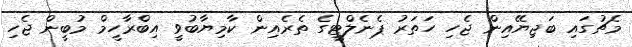
މެޗުގައި ބަޖިޔޭއިން ޖެހި ހަތަރު ޕެނެލްޓީގެ ތެރެއިން ކާމިޔާބުވީ އިބްރާހީމް މުބީން ޖެހި